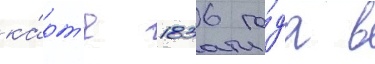
ка́рт'е 1836 го́да в